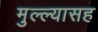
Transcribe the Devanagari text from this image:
मुल्ल्यासह